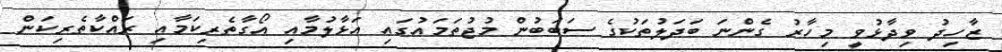
ޒާހިދު ވިދާޅުވީ މިހާރު ގެންނަ ބަދަލުތަކުގެ ސަބަބުން މުޖުތަމައުގައި އަޅާލުމާއި އޯގާތެރިކަމާއި ރައްކާތެރިކަން